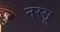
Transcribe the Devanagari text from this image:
नस्सू